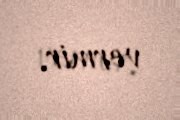
vermir.